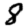
Digit: 8